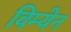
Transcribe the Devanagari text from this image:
विम्येन